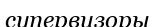
супервизоры